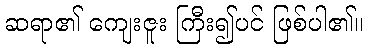
ဆရာ၏ ကျေးဇူး ကြီး၍ပင် ဖြစ်ပါ၏။